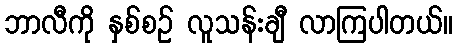
ဘာလီကို နှစ်စဉ် လူသန်းချီ လာကြပါတယ်။